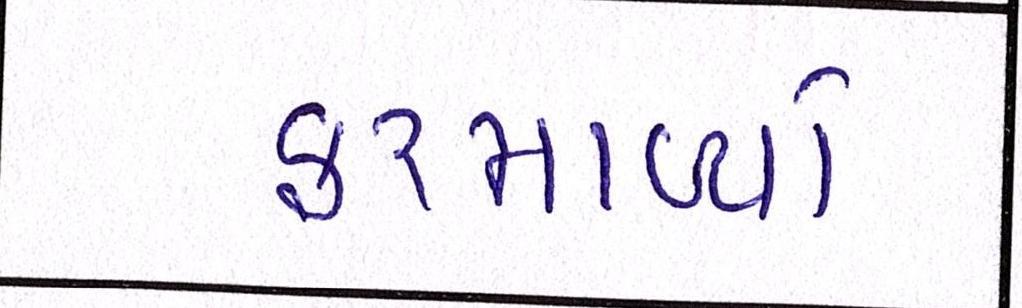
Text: ફરમાવ્યો